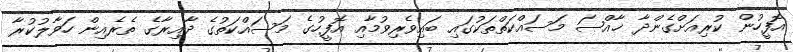
އޮފީހުން ކުރިއަށްގެންދާ ޚާއްޞަ މަސައްކަތްތަކުގައި ބައިވެރިވުމާއި އޮފީހުގެ މަސައްކަތުގެ ދާއިރާގެ ތެރެއިން ހަވާލުކުރާ